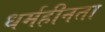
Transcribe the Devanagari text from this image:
धर्महीनता